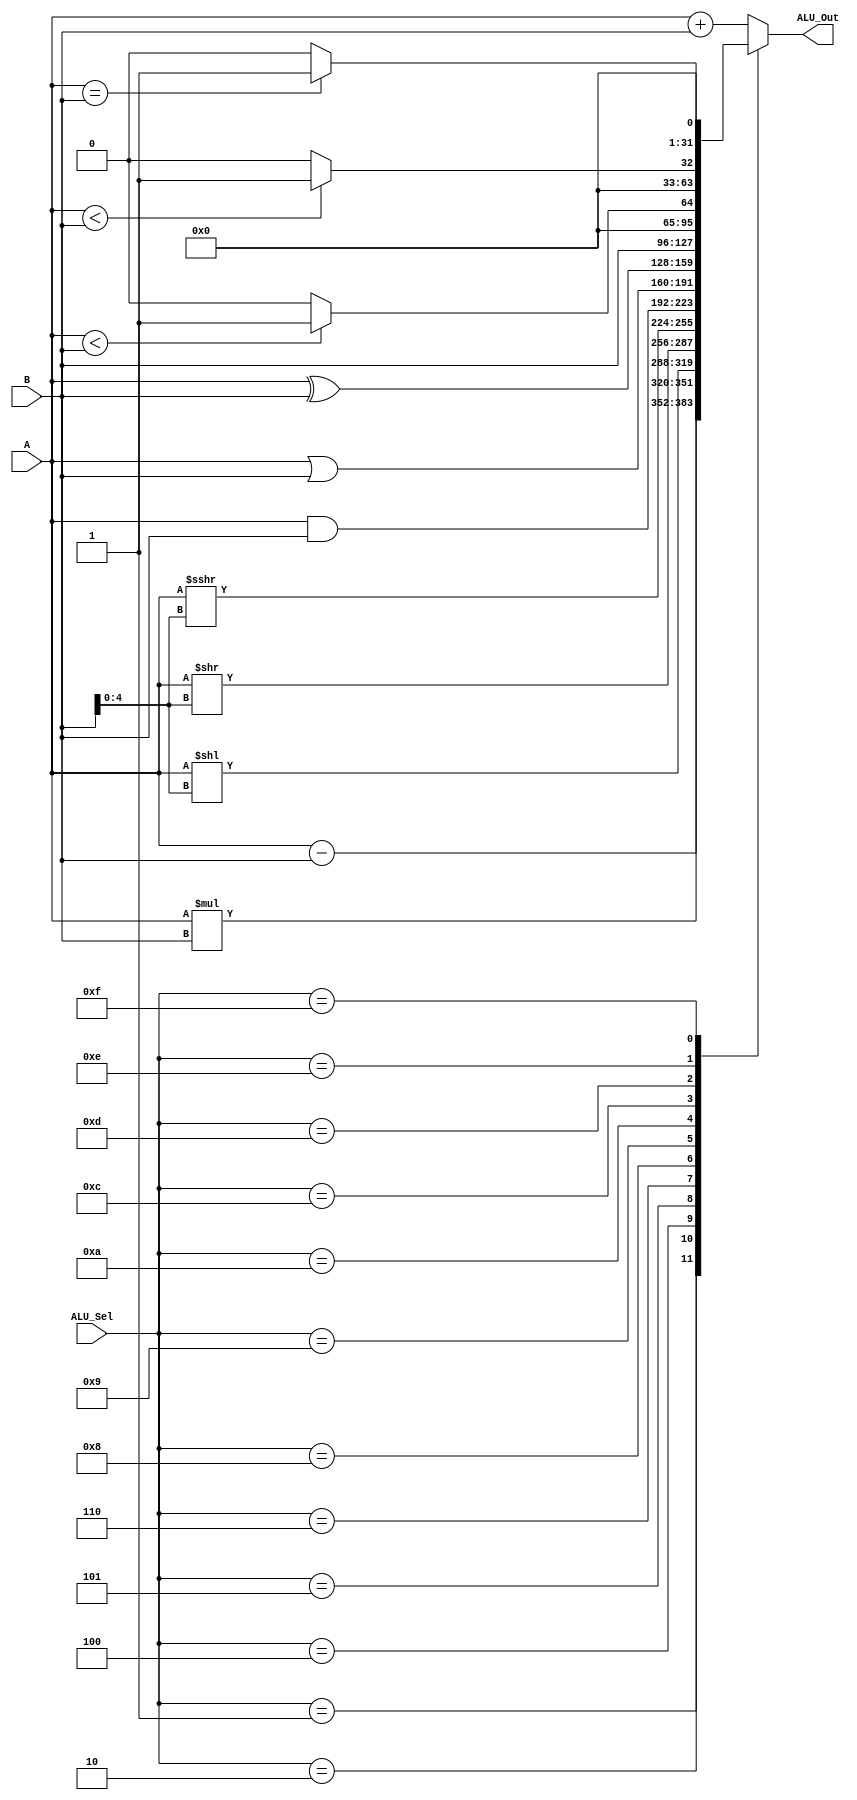
/* ALU Arithmetic and Logic Operations for RV32I
----------------------------------------------------------------------
|ALU_Sel|   ALU Operation
----------------------------------------------------------------------
| 0000  |   ALU_Out = A + B;
----------------------------------------------------------------------
| 0001  |   ALU_Out = A - B;
----------------------------------------------------------------------
| 0010  |   ALU_Out = A * B;                            not part of official RV32I
----------------------------------------------------------------------
| 0011  |   ALU_Out = A / B;                            //excluded, not part of official RV32I
----------------------------------------------------------------------
| 0100  |   ALU_Out = A << B;
----------------------------------------------------------------------
| 0101  |   ALU_Out = A >> B;
----------------------------------------------------------------------
| 0110  |   ALU_Out = A >>> B;
----------------------------------------------------------------------
| 0111  |   ALU_Out = A rotated right by 1;             //excluded,  not part of official RV32I
----------------------------------------------------------------------
| 1000  |   ALU_Out = A and B;
----------------------------------------------------------------------
| 1001  |   ALU_Out = A or B;
----------------------------------------------------------------------
| 1010  |   ALU_Out = A xor B;
----------------------------------------------------------------------
| 1011  |   ALU_Out = A;                                 not part of official RV32I
----------------------------------------------------------------------
| 1100  |   ALU_Out = B;                                 for lui
----------------------------------------------------------------------
| 1101  |   ALU_Out = 1 if signed(A) < signed(B) else 0; for slt
----------------------------------------------------------------------
| 1110  |   ALU_Out = 1 if A<B else 0;                   for sltu
----------------------------------------------------------------------
| 1111  |   ALU_Out = 1 if A=B else 0;                   not part of official RV32I
----------------------------------------------------------------------*/
module alu(input [31:0] A,B,  // ALU 8-bit Inputs
           input [3:0] ALU_Sel,// ALU Selection
           output [31:0] ALU_Out // ALU 8-bit Output
           );
    reg [31:0] ALU_Result;
    wire [32:0] tmp;
    assign ALU_Out = ALU_Result; // ALU out
    
    always @(*)begin
      case(ALU_Sel)//-*modify arrangement to facilitate exploitation using funct3
      4'b0000: // Addition
        ALU_Result <= A + B ;
      4'b0001: // Subtraction
        ALU_Result <= A - B ;
      4'b0010: // Multiplication
        ALU_Result <= A * B;
//    4'b0011: // Division          //excluded
//      ALU_Result <= A/B;
      4'b0100: // Logical shift left
        ALU_Result <= A<<B[4:0];//max shifting limit of 31 bits
      4'b0101: // Logical shift right
        ALU_Result <= A>>B[4:0];//max shifting limit of 31 bits
      4'b0110: // Arithmetic Shift right
        ALU_Result <= A>>>B[4:0];
      // 4'b0111: // Rotate right     //excluded
      //   ALU_Result = {A[0],A[31:1]};
      4'b1000: //  Logical and
        ALU_Result <= A & B;
      4'b1001: //  Logical or
        ALU_Result <= A | B;
      4'b1010: //  Logical xor
        ALU_Result <= A ^ B;
//       4'b1011: //  copy A                //excluded
//         ALU_Result <= A;
      4'b1100: //  copy B for lui
        ALU_Result <= B;
      4'b1101: // Greater comparison unsigned
        ALU_Result <= (A < B)?32'd1:32'd0 ;
      4'b1110: // Greater comparison signed
        ALU_Result <= ($signed(A) < $signed(B))?32'd1:32'd0 ;
      4'b1111: // Equal comparison
        ALU_Result <= (A==B)?32'd1:32'd0 ;
      default: ALU_Result <= A + B ;
      endcase
    end

endmodule